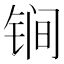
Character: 锏